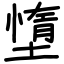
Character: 墯